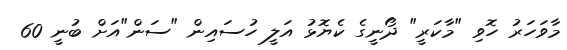
މާވަހަރު ހޮވި "މާކަރީ" ދޯނީގެ ކެޔޮޅު އަލީ ހުސައިން "ސަން"އަށް ބުނީ 60